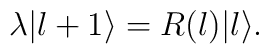
\lambda|l+1\rangle=R(l)|l\rangle.